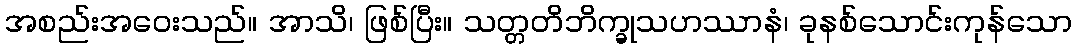
အစည်းအဝေးသည်။ အာသိ၊ ဖြစ်ပြီး။ သတ္တတိဘိက္ခုသဟဿာနံ၊ ခုနစ်သောင်းကုန်သော